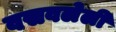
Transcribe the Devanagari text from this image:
वसवलेली